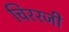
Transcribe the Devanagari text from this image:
चिररजी